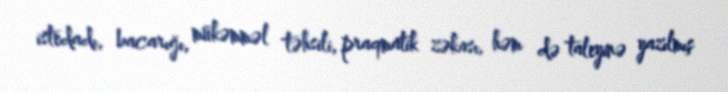
istedadı, bacarığı, mükəmməl təhsili, praqmatik zəkası, həm də taleyinə yazılmış